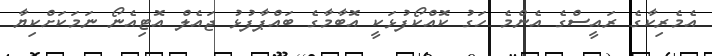
އެމެރިކާގެ ރައީސްގެ އެންމެ ހަގު ކޮއްކޯފުޅަކީ އޮބާމާގެ ބައްޕާފުޅު ޖައެލް އޮޓިއެނޯ ނަމަކަށްކިޔާ